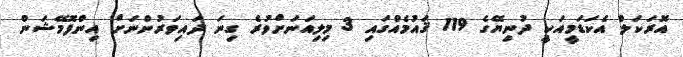
އޮރަކަލް އެކަޑަމީއަކީ ދުނިޔޭގެ 119 ޤައުމެއްގައި 3 މިލިއަނަށްވުރެ ގިނަ ދައިވަރުންނަށް އިންފޮމޭޝަން